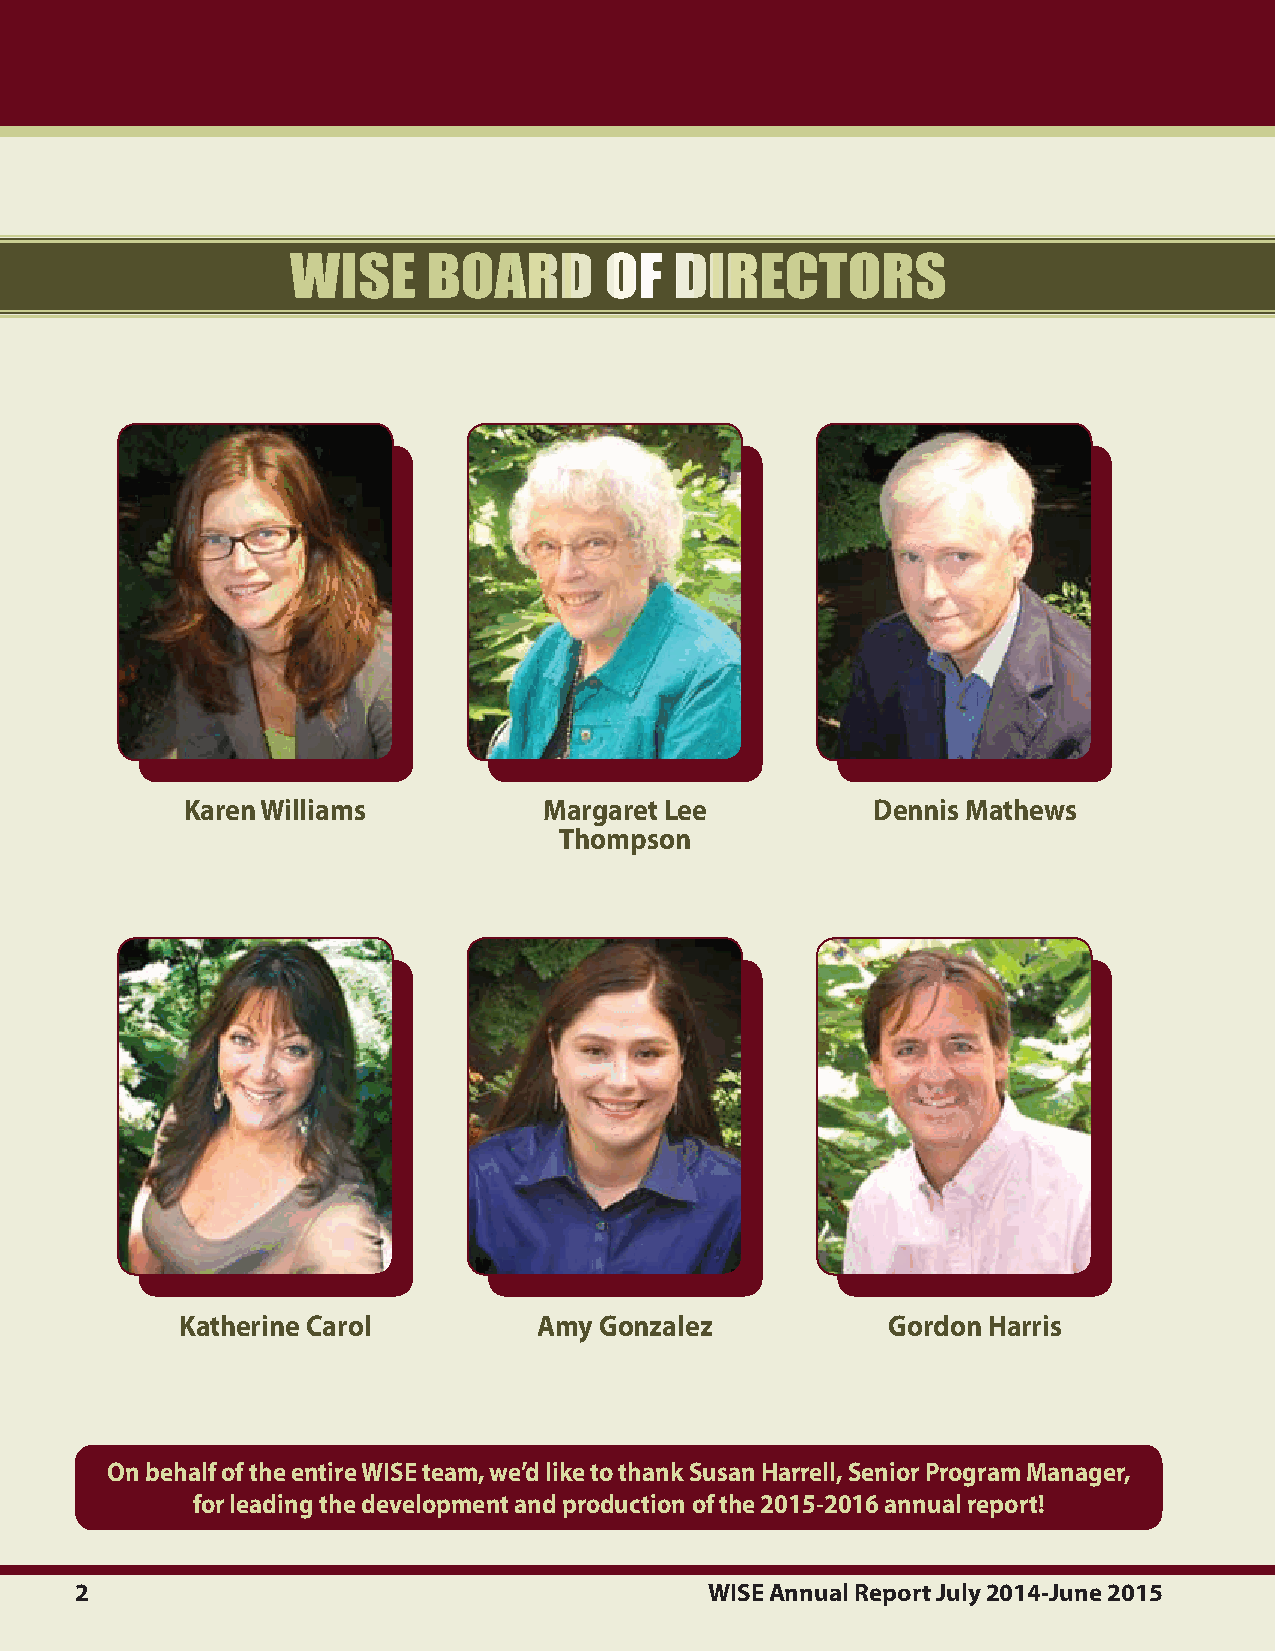
wise     boArd       of   directors
 Karen Williams          margaret lee          dennis mathews
 thompson
 Katherine Carol         amy gonzalez           gordon harris
 on behalf of the entire Wise team, we’d like to thank susan harrell, senior program manager,
 for leading the development and production of the 2015-2016 annual report!
 2                                         WISE Annual Report July 2014-June 2015